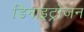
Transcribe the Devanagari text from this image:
डिनाइट्रोजन